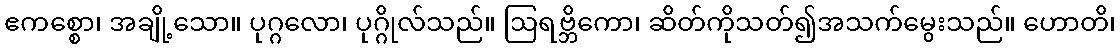
ဧကစ္စော၊ အချို့သော။ ပုဂ္ဂလော၊ ပုဂ္ဂိုလ်သည်။ ဩရဗ္ဘိကော၊ ဆိတ်ကိုသတ်၍အသက်မွေးသည်။ ဟောတိ၊